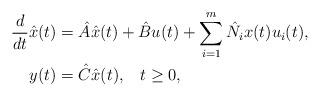
LaTeX: \begin{align*}\frac{d}{dt}\hat{x}(t)&=\hat{A} \hat{x}(t) + \hat{B}u(t)+\sum_{i=1}^m \hat N_i x(t) u_i(t),\\ y(t)&= \hat{C} \hat{x}(t),\;\;\;t\geq 0,\end{align*}